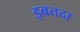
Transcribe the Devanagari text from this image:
इबतदा